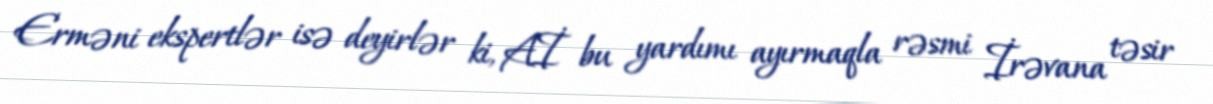
Erməni ekspertlər isə deyirlər ki, Aİ bu yardımı ayırmaqla rəsmi İrəvana təsir